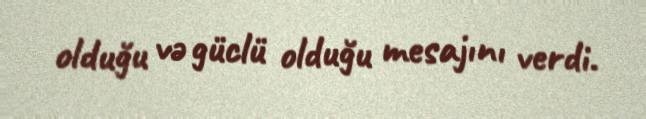
olduğu və güclü olduğu mesajını verdi.